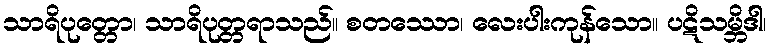
သာရိပုတ္တော၊ သာရိပုတ္တရာသည်။ စတဿော၊ လေးပါးကုန်သော။ ပဋိသမ္ဘိဒါ၊